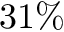
3 1 \%